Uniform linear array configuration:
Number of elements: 12
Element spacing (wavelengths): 0.5
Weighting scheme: cosine
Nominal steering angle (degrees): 60
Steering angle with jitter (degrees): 58.233
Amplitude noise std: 0.05
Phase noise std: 0.05

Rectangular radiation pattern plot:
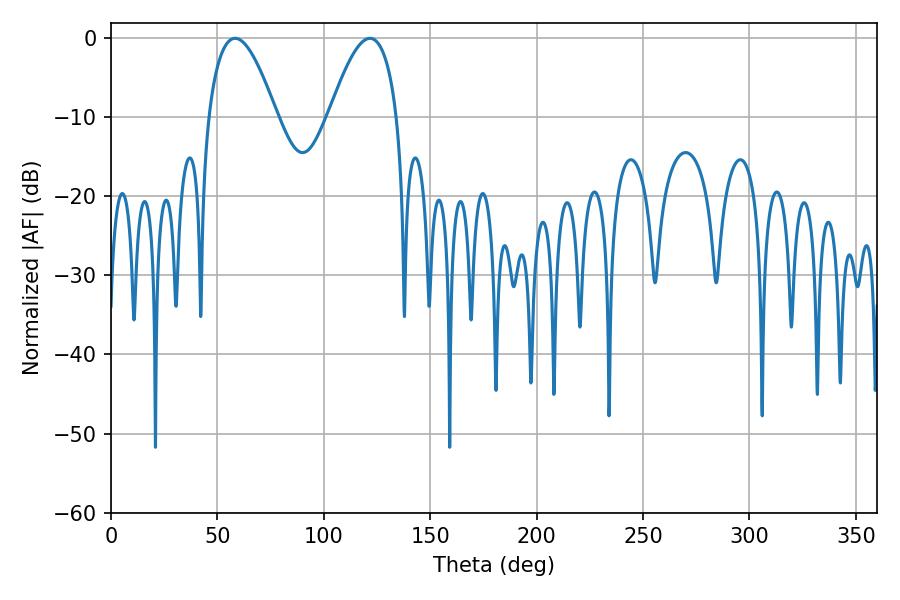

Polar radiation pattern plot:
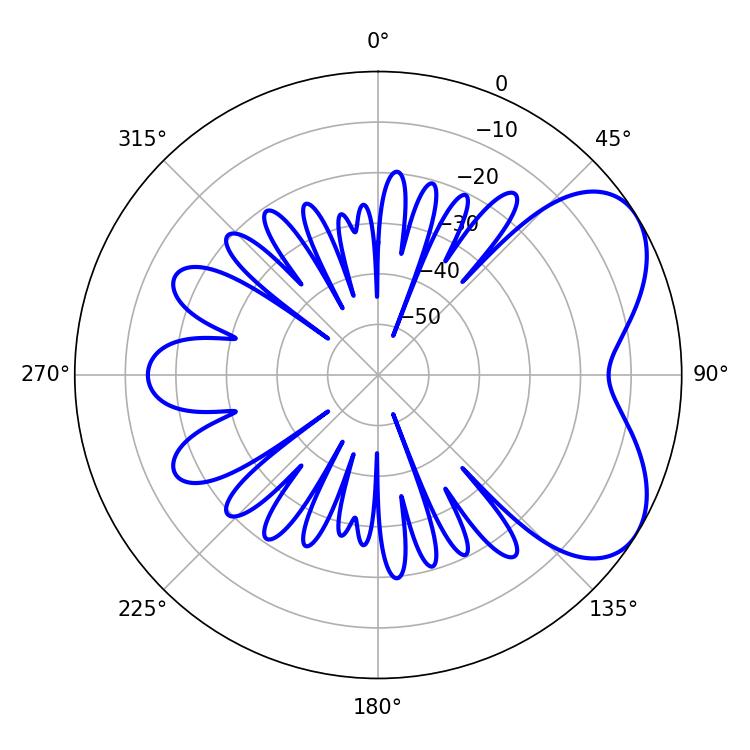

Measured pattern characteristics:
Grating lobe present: FALSE
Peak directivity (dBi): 5.529
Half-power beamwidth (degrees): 17.46
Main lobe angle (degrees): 58.32